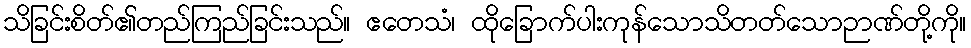
သိခြင်းစိတ်၏တည်ကြည်ခြင်းသည်။ ဧတေသံ၊ ထိုခြောက်ပါးကုန်သောသိတတ်သောဉာဏ်တို့ကို။